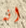
انه